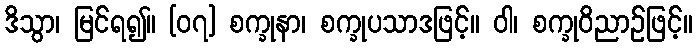
ဒိသွာ၊ မြင်ရ၍။ [၀၇] စက္ခုနာ၊ စက္ခုပသာဒဖြင့်။ ဝါ၊ စက္ခုဝိညာဉ်ဖြင့်။